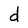
Character: d